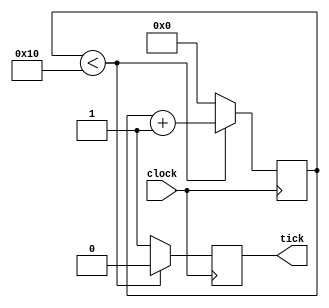
module tick_50000(
		clock,
		tick
);

	input clock;
	output tick;

	reg [15:0] count;
	reg tick;

	initial count = 0;
	
	always @ (posedge clock)
	
		begin
			if (count < 5'd50000)
				begin
					count <= count+1'b1;
					tick <= 1'b0;
				end
			else
				begin
					count <= 1'b0;
					tick <= 1'b1;
				end	
		end		
				
endmodule